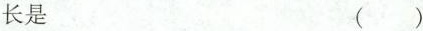
长是 ( )